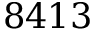
8 4 1 3